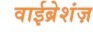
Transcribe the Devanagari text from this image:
वाईब्रेशंज़